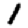
Digit: 1